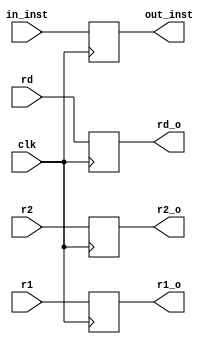

module ID_EXE
#(	parameter RFW = 5,
	parameter IMW = 4,
	parameter DW = 32,
	parameter IW = 32)
(	input wire clk,
	input wire [IW-1:0] in_inst,
	input wire [DW-1:0] r1,
	input wire [DW-1:0] r2,
	input wire [RFW-1:0] rd,
	output reg [DW-1:0] r1_o,
	output reg [DW-1:0] r2_o,
	output reg [RFW-1:0] rd_o,
	output reg [IW-1:0] out_inst);

	always @(posedge clk) begin
		out_inst <= #1 in_inst;
		r1_o <= #1 r1;
		r2_o <= #1 r2;
		rd_o <= #1 rd;
	end


endmodule